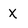
Character: X